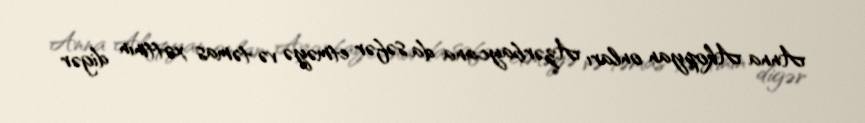
Anna Akopyan onları Azərbaycana da səfər etməyə və təmas xəttinin digər